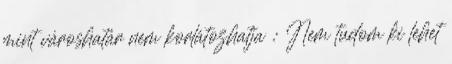
mint városhatár nem korlátozhatja : Nem tudom ki lehet